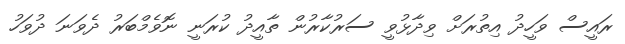
ރައީސް ވަހީދު އިތުރަށް ވިދާޅުވީ ސަރުކާރުން ތާއީދު ކުރަނީ ނޮވެމްބަރު ދެވަނަ ދުވަހު